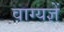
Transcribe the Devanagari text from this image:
वाग्यज्ञें